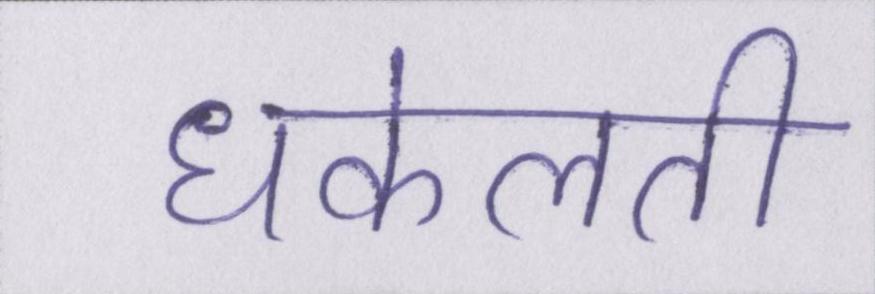
धकेलती